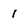
Character: 1